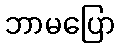
ဘာမပြော